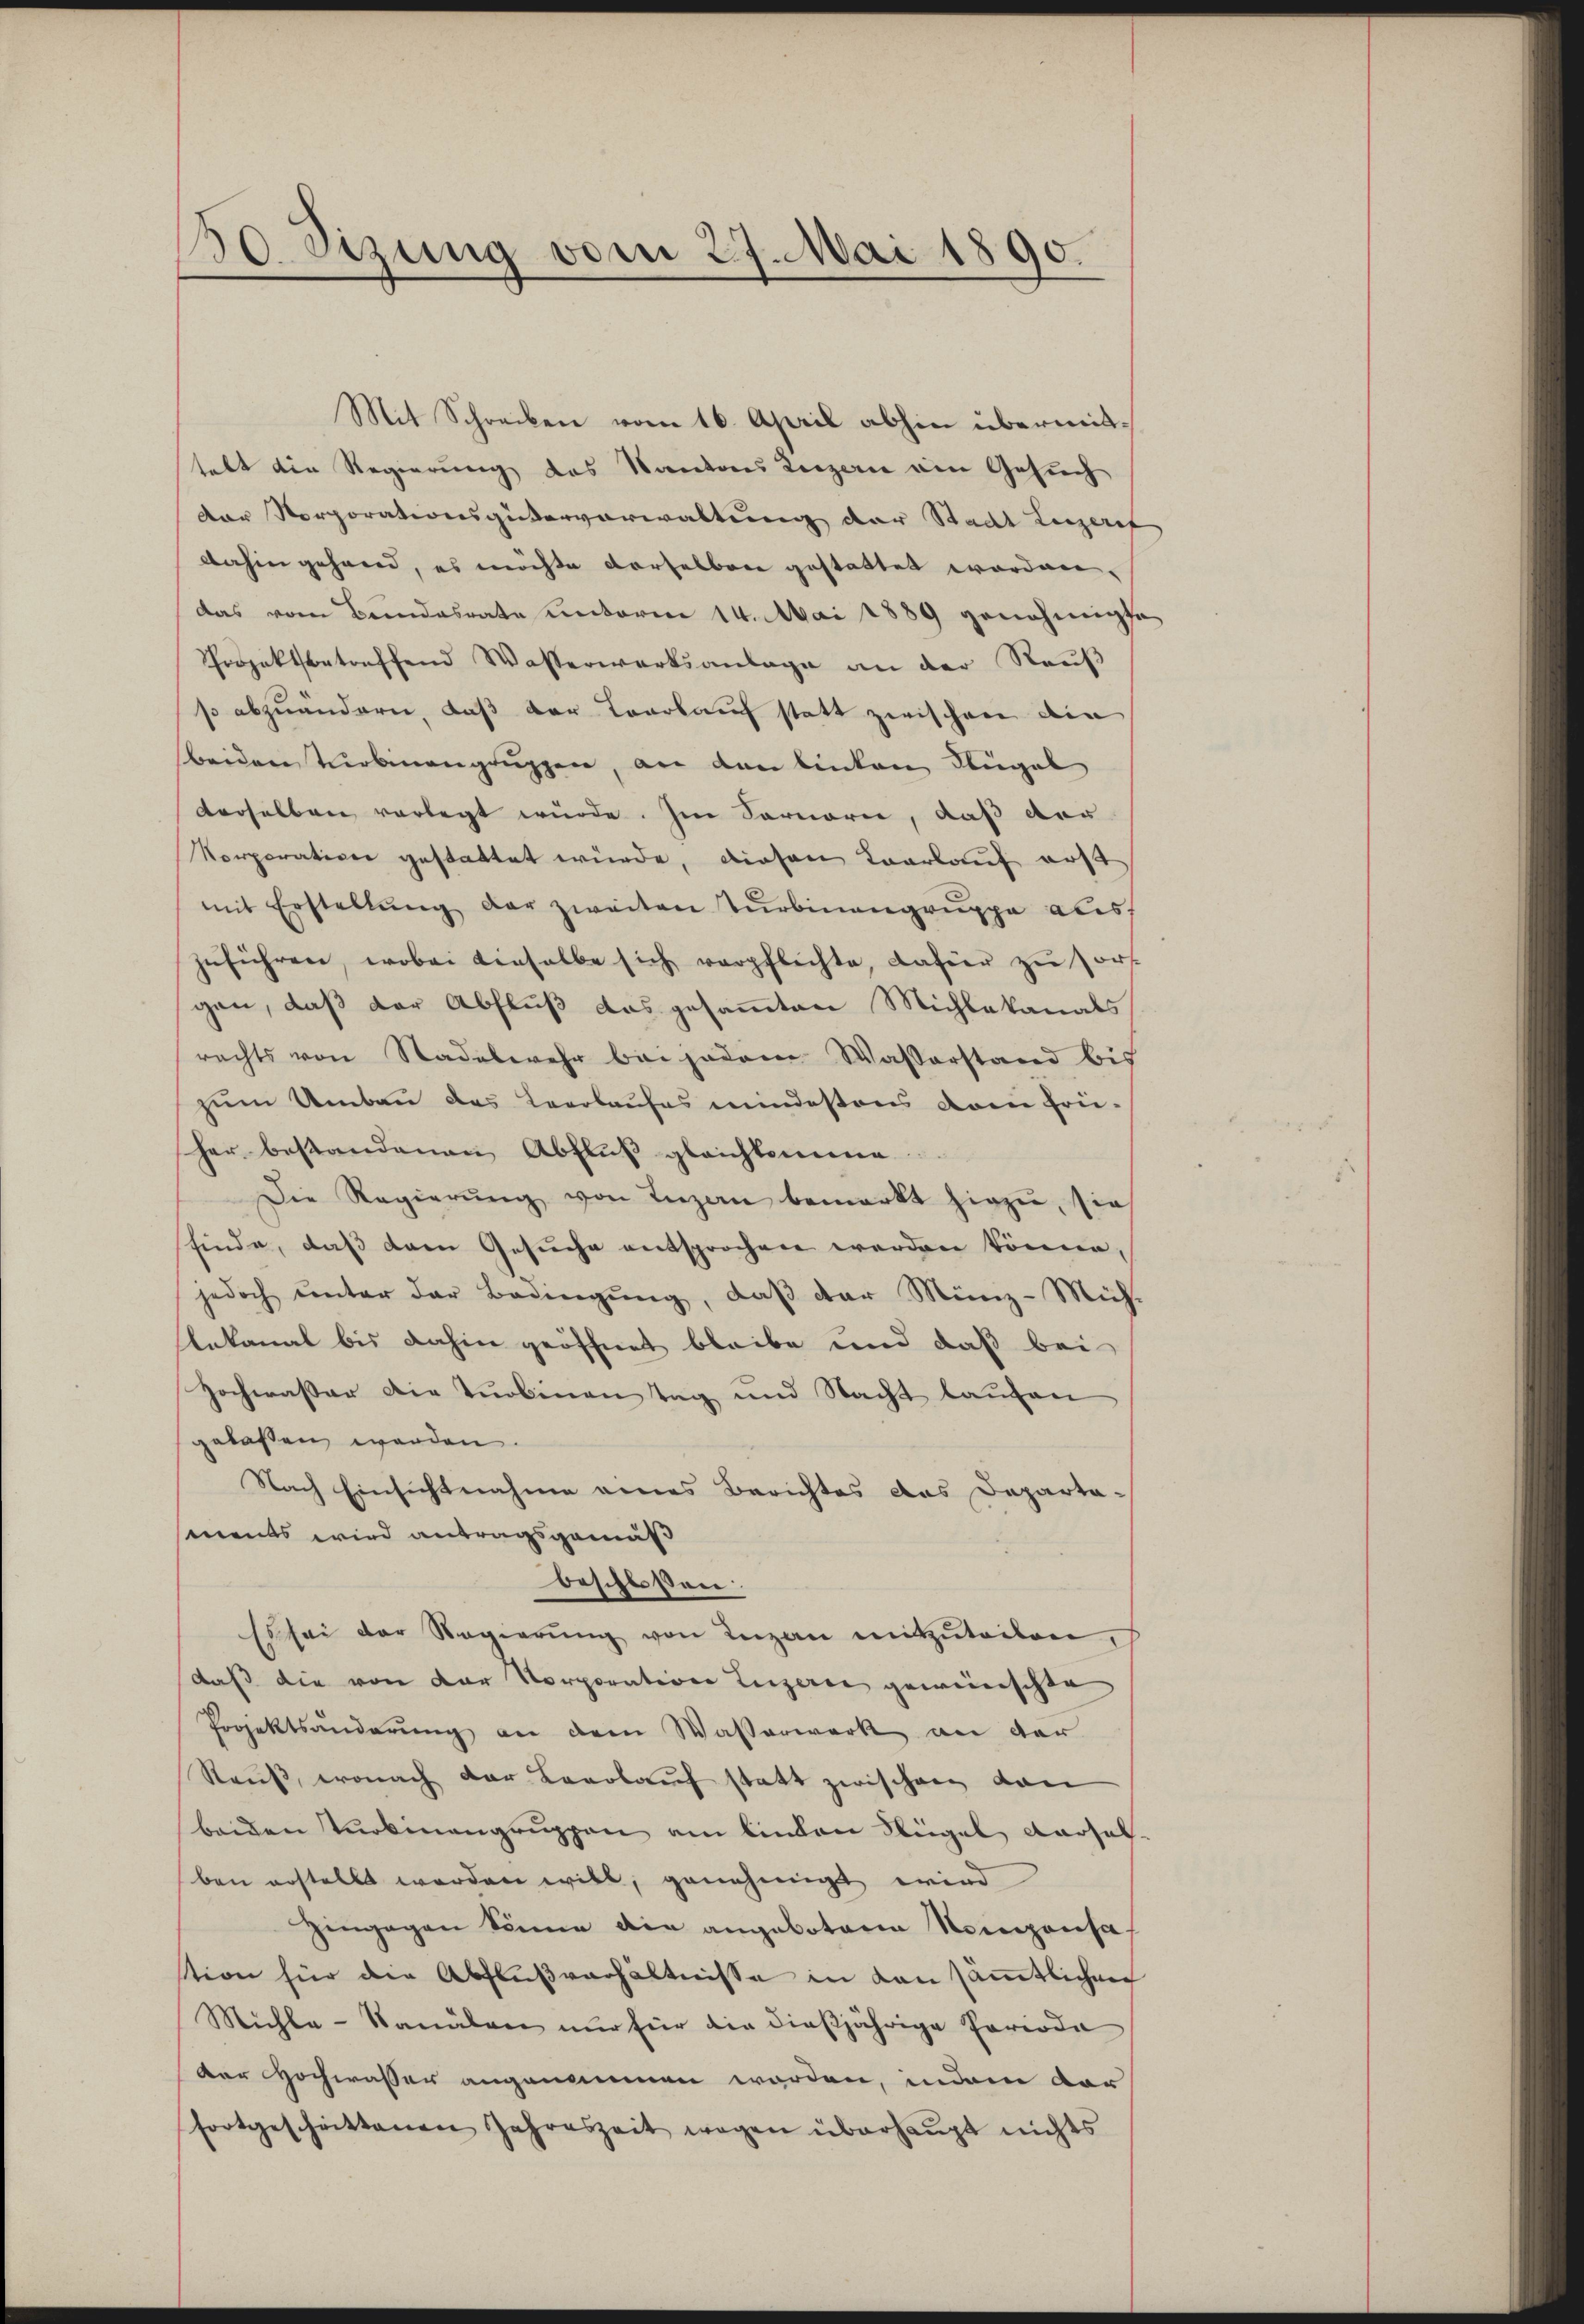
50. Sizung vom 27. Mai 1890.

Mit Schreiben vom 16. April abhin übermittalt die Regierung des Kantons Luzern ain Gesuch
Dar Norporationsgüterverwaltung der Stadt Luzerf
dahin gehand, es möchte derselben gestattet worden,
das vom Beendesrate unterm 14. Mai 1889 genehmigte
Projektbetreffend Wasserwerksanlage an der Raŭβ
so abzuändern, daß der Torkauf statt zwischen die
beiden Turbinengruppen, an den linken Flügel
derselben vorlegt wurde. Im Sonnern, daß der
Korporativer gestattet würde, diesen Karlauf erst
mit Erstellŭng der zweiten Turbinengruppe als
zŭführen, wobei dieselbe sich verpflichte, dahier zŭ sort
gen, daß der Abfluß das gesammten Michlakanals
rechts von Stadelwehr bei jedem Wasserstand bis
zum Umbau des Leerlaufes mindestens dem früher bestandenen Abfluß gleichkomme
Die Regierŭng von Inzan bemerkt hiezu, sie
finde, daß dann Gesuche entsprochen werden könne,
jedoch unter der Bedingung, daß der Münz-Mühlekanal bis dahin geöffnet bleibe und daß bei
Hochwasser die Turbinen Tag und Nacht laufen
gelassen werden.
Nach Einsichtnahme eines Berichtes das Departaments wird antragsgemäß
beschlossen:
Es sei der Regierŭng von Luzan mitzŭteilen,
daß die von der Korporation Luzern gewünschte
Projektsänderung an dem Wasserwerk an der
Sauß, wonach der Leerlauf statt zwischen dan
beiden Turbinengruppen am linden Regel dersel
ben erstellt werden will, genehmigt wird
Eingegen könne die angebotenen Nomponsa
tion für die Abflŭβverhältnisse in dan säṁtlichen
Michle-Canälen nur für die dieβjährige Periode
der Hochwasser angenommen worden, indem dar
fortgeschrittenen Jahreszeit wegen überhaŭpt nichts